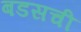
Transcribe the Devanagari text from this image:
बडसची